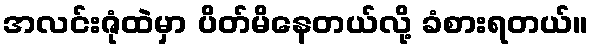
အလင်းဇုံထဲမှာ ပိတ်မိနေတယ်လို့ ခံစားရတယ်။